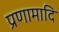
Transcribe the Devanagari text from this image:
प्रणामादि